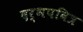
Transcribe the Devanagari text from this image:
दर्भपवित्र